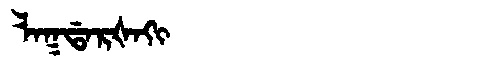
Manchu: ᠯᠠᡴᡩᠠᡵᡧᠠᡴᡳ
Romanization: LAKDARŠAKI